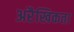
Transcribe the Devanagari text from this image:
अरैखिकता